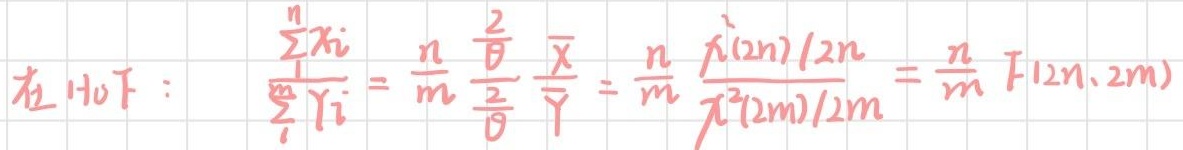
在 HoF:
\(\frac{\sum_{i = 1}^{n}x_{i}}{\sum_{i = 1}^{m}y_{i}}=\frac{n}{m}\frac{\frac{\sum_{i = 1}^{n}x_{i}}{n}}{\frac{\sum_{i = 1}^{m}y_{i}}{m}}=\frac{n}{m}\frac{\overline{x}}{\overline{y}}=\frac{n}{m}\frac{\chi^{2}(2n)/2n}{\chi^{2}(2m)/2m}=\frac{n}{m}F(2n,2m)\)